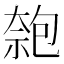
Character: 𠣼